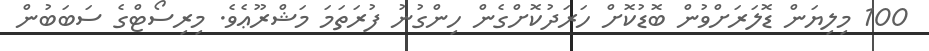
100 މިލިޔަން ޑޮލަރަށްވުން ބޮޑުކޮށް ހަރަދުކޮށްގެން ހިންގުނު ފުރަތަމަ މަޝްރޫޢެވެ. މިރިސޯޓްގެ ސަބަބުން